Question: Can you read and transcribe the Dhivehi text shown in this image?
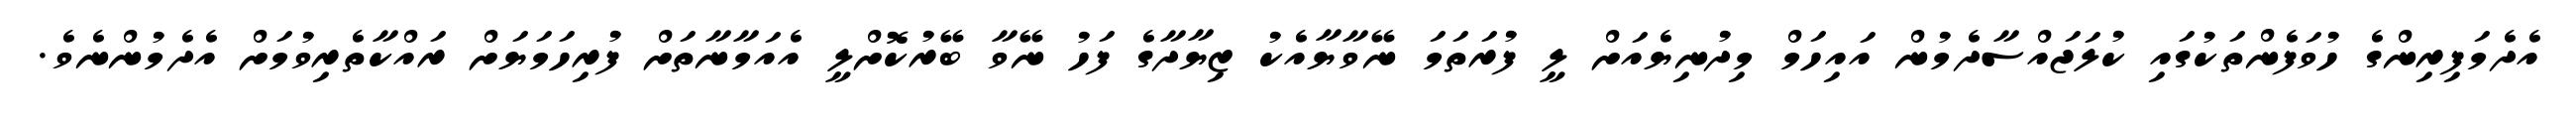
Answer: އެދެމަފިރިންގެ ހުވަފެންތަކުގައި ކުލަޖައްސާދެމުން އައިހަމް މިދުނިޔެއަށް ލީ ފުރަތަމަ ނޭވާޔާއެކު ޒިޔާދާގެ ފަހު ނޭވާ ބޭރުކޮށްލީ އެއަމާނާތަށް ފުރިހަމަޔަށް ރައްކާތެރިވުމަށް އެދެމުންނެވެ.